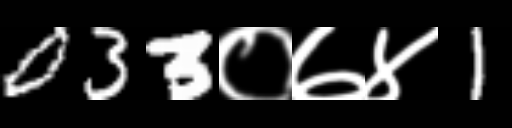
Text: 033०७४1